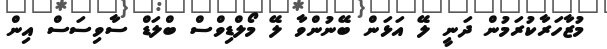
މުޒާހަރާކުރަމުން ދަނީ ލޭ އަޅަން ބޭނުންވާ ލޭ މޯލްޑިވްސް ބްލަޑް ސާވިސަސް އިން